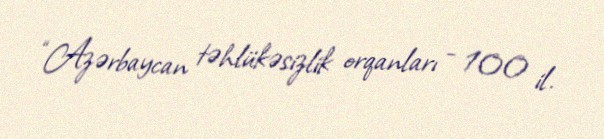
“Azərbaycan təhlükəsizlik orqanları - 100 il.